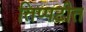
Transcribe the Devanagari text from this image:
तिप्पटीत